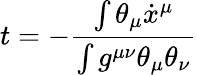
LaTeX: t=-\frac{\int\theta_{\mu}\dot{x}^{\mu}}{\int g^{\mu\nu}\theta_{\mu}\theta_{\nu}}